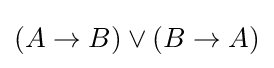
(A\to B)\lor (B\to A)